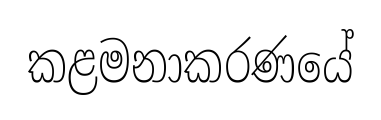
කළමනාකරණයේ